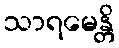
သာရမေန္တိ